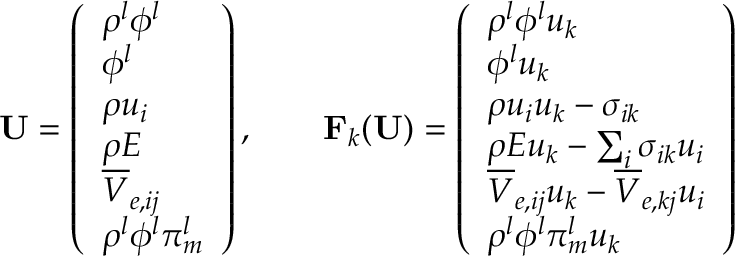
\mathbf { U } = \left( \begin{array} { l } { \rho ^ { l } \phi ^ { l } } \\ { \phi ^ { l } } \\ { \rho u _ { i } } \\ { \rho E } \\ { \overline { { V } } _ { e , i j } } \\ { \rho ^ { l } \phi ^ { l } \pi _ { m } ^ { l } } \end{array} \right) , \qquad \mathbf { F } _ { k } ( \mathbf { U } ) = \left( \begin{array} { l } { \rho ^ { l } \phi ^ { l } u _ { k } } \\ { \phi ^ { l } u _ { k } } \\ { \rho u _ { i } u _ { k } - \sigma _ { i k } } \\ { \rho E u _ { k } - \sum _ { i } \sigma _ { i k } u _ { i } } \\ { \overline { { V } } _ { e , i j } u _ { k } - \overline { { V } } _ { e , k j } u _ { i } } \\ { \rho ^ { l } \phi ^ { l } \pi _ { m } ^ { l } u _ { k } } \end{array} \right)